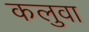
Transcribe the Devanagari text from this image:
कलुवा